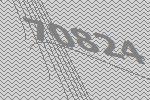
70824